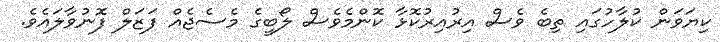
ކިޔަވަން ކުލާހުގައި ތިބެ ވެސް އިރުއިރުކޮޅާ ކޮންމެވެސް ލޯބީގެ މެސެޖެއް ފަޒަލް ފޮނުވާލައެވެ.